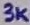
Text: 3K